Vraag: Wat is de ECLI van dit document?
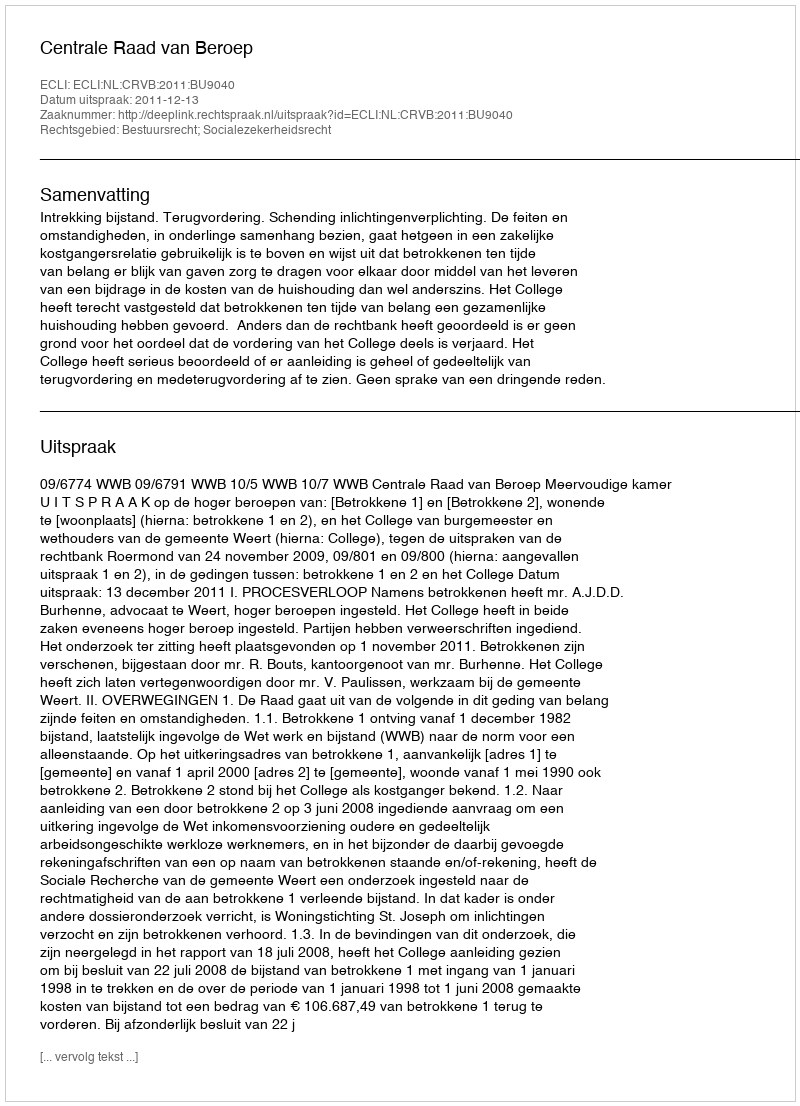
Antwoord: ECLI:NL:CRVB:2011:BU9040